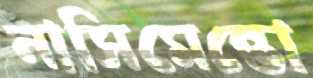
নাসিমেন্তো